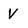
Character: V